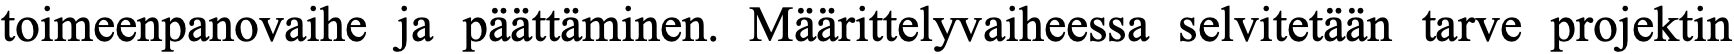
toimeenpanovaihe ja päättäminen. Määrittelyvaiheessa selvitetään tarve projektin